Report of an investigation into the causes of the diseases known in Assam as Kála-Azár and Beri-Beri
Disease focus: Beri-Beri
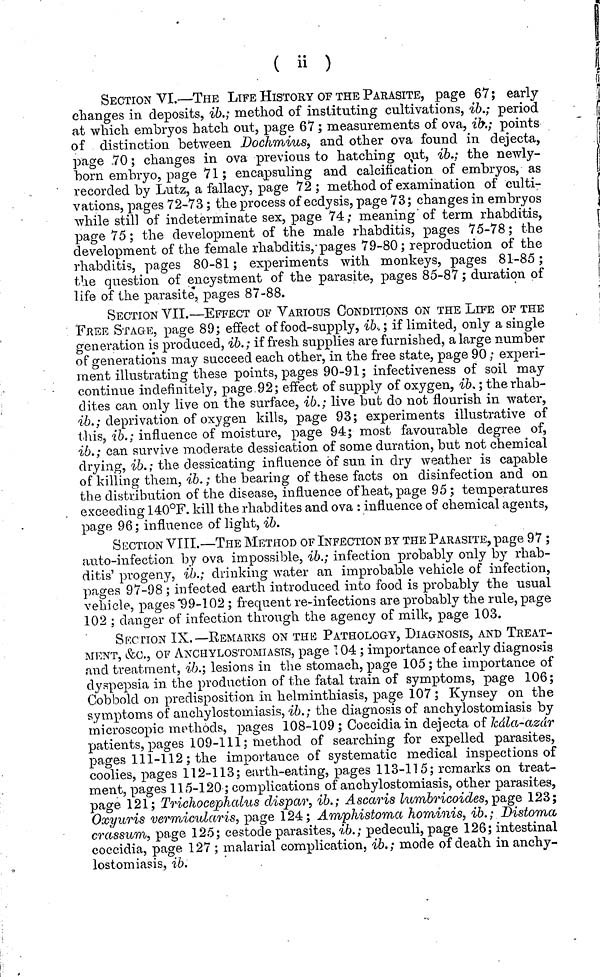
( υ )
SECTION VI.—THE LIFE HISTORY OF THE PARASITE, page 67; early
changes in deposits, ib.; method of instituting cultivations, ib.; period
at which embryos hatch out, page 67 ; measurements of ova, ib.; points
of distinction between Dochmius, and other ova found in dejecta,
page 70 ; changes in ova previous to hatching out, ib.; the newly-
born embryo, page 71; encapsuling and calcification of embryos, as
recorded by Lutz, a fallacy, page 72 ; method of examination of culti-
vations, pages 72-73 ; the process of ecdysis, page 73; changes in embryos
while still of indeterminate sex, page 74 ; meaning of term rhabditis,
page 75 ; the development of the male rhabditis, pages 75-78 ; the
development of the female rhabditis, pages 79-80 ; reproduction of the
rhabditis, pages 80-81 ; experiments with monkeys, pages 81-85 ;
the question of encystment of the parasite, pages 85-87 ; duration of
life of the parasite, pages 87-88.
SECTION VII.—EFFECT OF VARIOUS CONDITIONS ON THE LIFE OF THE
FREE STAGE, page 89; effect of food-supply, ib., ; if limited, only a single
generation is produced, ib.; if fresh supplies are furnished, a large number
of generations may succeed each other, in the free state, page 90 ; experi-
ment illustrating these points, pages 90-91; infectiveness of soil may
continue indefinitely, page 92; effect of supply of oxygen, ib. ; therhab-
clites can only live on the surface, ib.; live but do not nourish in water,
ib.; deprivation of oxygen kills, page 93; experiments illustrative of
this, ib.; influence of moisture, page 94; most favourable degree of,
ib.; can survive moderate dessication of some duration, but not chemical
drying, ib.; the dessicating influence of sun in dry weather is capable
of killing them, ib. ; the bearing of these facts on disinfection and on
the distribution of the disease, influence of heat, page 95; temperatures
exceeding 140°F. kill the rhabdites and ova : influence of chemical agents,
page 96; influence of light, ib.
SECTION VIII.—THE METHOD OF INFECTION BY THE PARASITE, page 97 ;
auto-infection by ova impossible, ib.; infection probably only by rhab-
ditis' piOgeny, ib.; drinking water an improbable vehicle of infection,
pages 97-98 ; infected earth introduced into food is probably the usual
vehicle, pages 99-102 ; frequent re-infections are probably the rule, page
102 ; clanger of infection through the agency of milk, page 103.
SECTION IX.—REMARKS ON THE PATHOLOGY, DIAGNOSIS, AND TREAT-
MENT, &c., OF ANCHYLOSTOMIASIS, page Τ 04 ; importance of early diagnosis
and treatment, ib.; lesions in the stomach, page 105 ; the importance of
dyspepsia in the production of the fatal train of symptoms, page 106;
Cobbold on predisposition in helminthiasis, page 107 ; Kynsey on the
symptoms of anchylostomiasis, ib.; the diagnosis of anchylostomiasis by
microscopic methods, pages 108-109 ; Coccidia in dejecta of kala-azar
patients, pages 109-111; method of searching for expelled parasites,
pages 111-112 ; the importance of systematic medical inspections of
coolies, pages 112-113; earth-eating, pages 113-Π5; remarks on treat-
ment, pages 115-120 ; complications of anchylostomiasis, other parasites,
page 121; Trichocephcdus dispar, ib.; Ascaris lumbricoides, page 123;
Oxyuris vermicularis, page 124 ; Amphistoma hominis, ib. ; Distoma
crassum, page 125; cestode parasites, ib.; pedeculi, page 126; intestinal
coccidia, page 127 ; malarial complication, ib.; mode of death in anchy-
lostomiasis, ib.